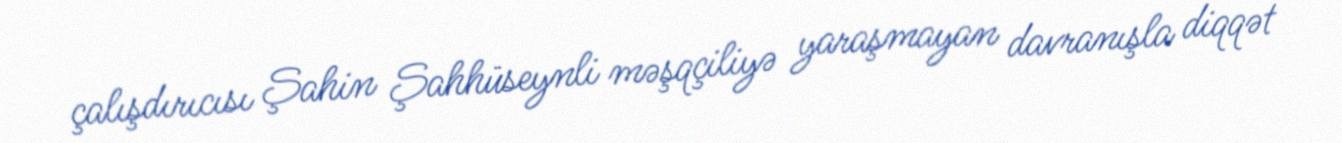
çalışdırıcısı Şahin Şahhüseynli məşqçiliyə yaraşmayan davranışla diqqət